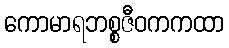
ကောမာရဘစ္စဇီဝကကထာ